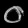
Digit: ၀